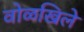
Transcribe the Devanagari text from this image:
वोळखिले